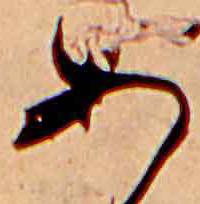
あ